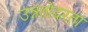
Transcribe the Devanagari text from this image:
उन्नतोदरता